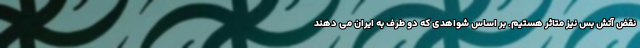
نقض آتش بس نیز متاثر هستیم. بر اساس شواهدی که دو طرف به ایران می دهند